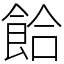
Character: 餄